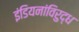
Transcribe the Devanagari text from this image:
इंडियनांविरुद्ध